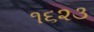
૧૬૨૩